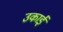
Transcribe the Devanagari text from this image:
उकाई